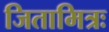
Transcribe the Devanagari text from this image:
जितामित्रः